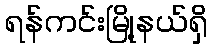
ရန်ကင်းမြို့နယ်ရှိ